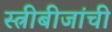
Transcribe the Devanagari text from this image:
स्त्रीबीजांची